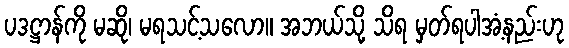
ပဒဋ္ဌာန်ကို မဆို၊ မရသင့်သလော။ အဘယ်သို့ သိရ မှတ်ရပါအံ့နည်းဟု